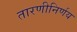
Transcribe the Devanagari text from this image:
तारणीनिर्णय